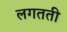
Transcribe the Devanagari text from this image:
लगतती